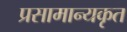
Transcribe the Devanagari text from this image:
प्रसामान्यकृत